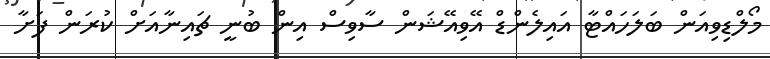
މޯލްޑިވިއަން ބަލަހައްޓާ އައިލެންޑް އޭވިއޭޝަން ސާވިސް އިން ބުނީ ޗައިނާއަށް ކުރަން ފަށާ